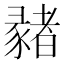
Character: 𢑳